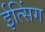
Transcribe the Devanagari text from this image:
ईत्सिंग